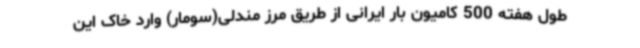
طول هفته 500 کامیون بار ایرانی از طریق مرز مندلی(سومار) وارد خاک این